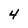
Character: 4